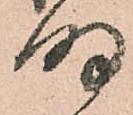
明